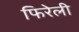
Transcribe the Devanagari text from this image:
फिरेली